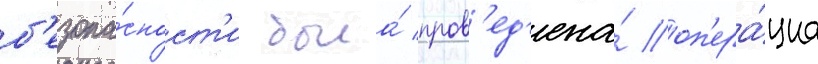
б'езопа́сност'и была́ пров'ед'ена́ оп'ера́циа